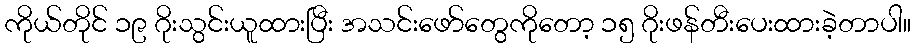
ကိုယ်တိုင် ၁၉ ဂိုးသွင်းယူထားပြီး အသင်းဖော်တွေကိုတော့ ၁၅ ဂိုးဖန်တီးပေးထားခဲ့တာပါ။